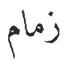
زمام